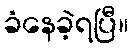
ခံနေခဲ့ရပြီ။